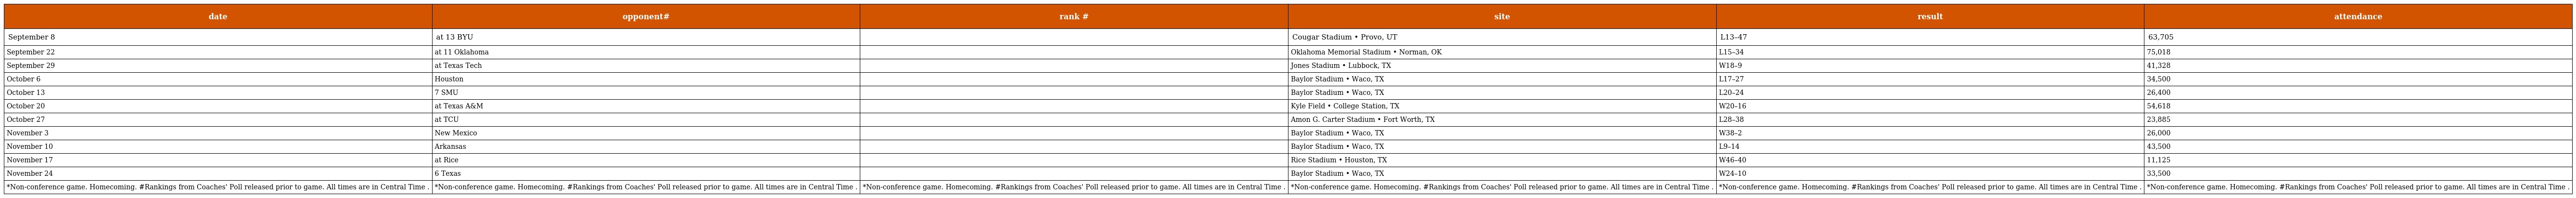
| date | opponent# | rank # | site | result | attendance |
 | --- | --- | --- | --- | --- | --- |
 | September 8 | at 13 BYU |  | Cougar Stadium • Provo, UT | L13–47 | 63,705 |
 | September 22 | at 11 Oklahoma |  | Oklahoma Memorial Stadium • Norman, OK | L15–34 | 75,018 |
 | September 29 | at Texas Tech |  | Jones Stadium • Lubbock, TX | W18–9 | 41,328 |
 | October 6 | Houston |  | Baylor Stadium • Waco, TX | L17–27 | 34,500 |
 | October 13 | 7 SMU |  | Baylor Stadium • Waco, TX | L20–24 | 26,400 |
 | October 20 | at Texas A&M |  | Kyle Field • College Station, TX | W20–16 | 54,618 |
 | October 27 | at TCU |  | Amon G. Carter Stadium • Fort Worth, TX | L28–38 | 23,885 |
 | November 3 | New Mexico |  | Baylor Stadium • Waco, TX | W38–2 | 26,000 |
 | November 10 | Arkansas |  | Baylor Stadium • Waco, TX | L9–14 | 43,500 |
 | November 17 | at Rice |  | Rice Stadium • Houston, TX | W46–40 | 11,125 |
 | November 24 | 6 Texas |  | Baylor Stadium • Waco, TX | W24–10 | 33,500 |
 | *Non-conference game. Homecoming. #Rankings from Coaches' Poll released prior to game. All times are in Central Time . | *Non-conference game. Homecoming. #Rankings from Coaches' Poll released prior to game. All times are in Central Time . | *Non-conference game. Homecoming. #Rankings from Coaches' Poll released prior to game. All times are in Central Time . | *Non-conference game. Homecoming. #Rankings from Coaches' Poll released prior to game. All times are in Central Time . | *Non-conference game. Homecoming. #Rankings from Coaches' Poll released prior to game. All times are in Central Time . | *Non-conference game. Homecoming. #Rankings from Coaches' Poll released prior to game. All times are in Central Time . |